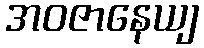
အဝဇာနေယျ